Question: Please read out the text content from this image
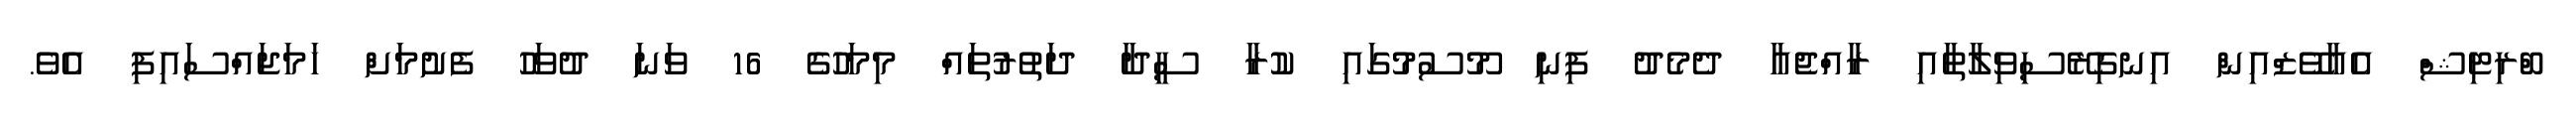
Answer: ބްރިޓިޝް އެއާވޭޒްއިން އިނގިރޭސިވިލާތާއި ރާއްޖެއާ ދެމެދު ފިނި މޫސުމުގައި ކުރާ ސީދާ ދަތުރުތައް މިމަހުގެ 16 ވަނަ ދުވަހު ފެށުމަށް ހަމަޖައްސައިފި އެވެ.